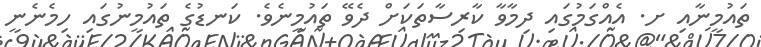
ތައުމީނާއި ށ. އެއްގަމުގައި ދިމާވާ ކާރިސާތަކަށް ދެވޭ ތައުމީނެވެ. ކަނޑުގެ ތައުމީނުގައި ހިމެނެނީ